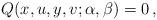
LaTeX: \begin{align*}Q(x,u,y,v;\alpha,\beta)=0\,,\end{align*}